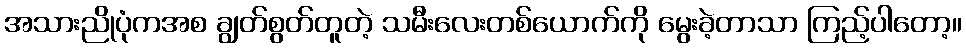
အသားညိုပုံကအစ ချွတ်စွတ်တူတဲ့ သမီးလေးတစ်ယောက်ကို မွေးခဲ့တာသာ ကြည့်ပါတော့။